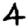
Digit: 4